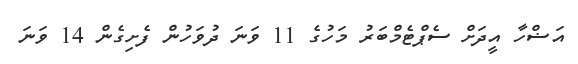
އަޟްހާ އީދަށް ސެޕްޓެމްބަރު މަހުގެ 11 ވަނަ ދުވަހުން ފެށިގެން 14 ވަނަ